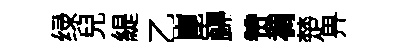
绿兒緹乙崑巋赞裯楚畀